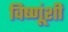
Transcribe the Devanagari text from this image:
विष्णूंशी